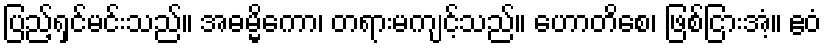
ပြည့်ရှင်မင်းသည်။ အဓမ္မိကော၊ တရားမကျင့်သည်။ ဟောတိစေ၊ ဖြစ်ငြားအံ့။ ဧဝံ